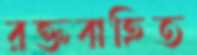
রক্তবাহিত